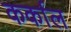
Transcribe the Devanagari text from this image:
कर्काल